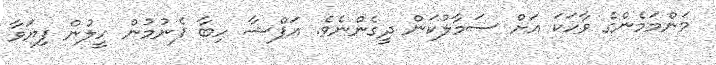
މަންމަމެންގެ ވާހަކަ އަށް ސަމާލުކަން ދީގެންނެވެ. އަފްޝާ ހިބާ ފެނުމުން ހީލުން ފިޔަވާ